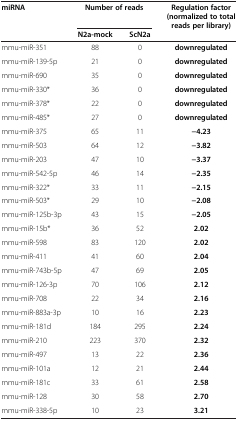
| <ROWSPAN=2> miRNA | <COLSPAN=2> Number of reads | <ROWSPAN=2> Regulation factor (normalized to total reads per library) |
 | N2a-mock | ScN2a |
 | --- | --- | --- | --- |
 | mmu-miR-351 | 88 | 0 | downregulated |
 | mmu-miR-139-5p | 21 | 0 | downregulated |
 | mmu-miR-690 | 35 | 0 | downregulated |
 | mmu-miR-330* | 36 | 0 | downregulated |
 | mmu-miR-378* | 22 | 0 | downregulated |
 | mmu-miR-485* | 27 | 0 | downregulated |
 | mmu-miR-375 | 65 | 11 | −4.23 |
 | mmu-miR-503 | 64 | 12 | −3.82 |
 | mmu-miR-203 | 47 | 10 | −3.37 |
 | mmu-miR-542-5p | 46 | 14 | −2.35 |
 | mmu-miR-322* | 33 | 11 | −2.15 |
 | mmu-miR-503* | 29 | 10 | −2.08 |
 | mmu-miR-125b-3p | 43 | 15 | −2.05 |
 | mmu-miR-15b* | 36 | 52 | 2.02 |
 | mmu-miR-598 | 83 | 120 | 2.02 |
 | mmu-miR-411 | 41 | 60 | 2.04 |
 | mmu-miR-743b-5p | 47 | 69 | 2.05 |
 | mmu-miR-126-3p | 70 | 106 | 2.12 |
 | mmu-miR-708 | 22 | 34 | 2.16 |
 | mmu-miR-883a-3p | 10 | 16 | 2.23 |
 | mmu-miR-181d | 184 | 295 | 2.24 |
 | mmu-miR-210 | 223 | 370 | 2.32 |
 | mmu-miR-497 | 13 | 22 | 2.36 |
 | mmu-miR-101a | 12 | 21 | 2.44 |
 | mmu-miR-181c | 33 | 61 | 2.58 |
 | mmu-miR-128 | 30 | 58 | 2.70 |
 | mmu-miR-338-5p | 10 | 23 | 3.21 |